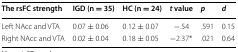
| The rsFC strength | IGD (n = 35) | HC (n = 24) | t value | p | d |
 | --- | --- | --- | --- | --- | --- |
 | Left NAcc and VTA | 0.07 ± 0.06 | 0.12 ± 0.07 | −.54 | .591 | 0.15 |
 | Right NAcc and VTA | 0.02 ± 0.04 | 0.18 ± 0.05 | −2.37* | .021 | 0.64 |